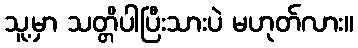
သူ့မှာ သတ္တိပါပြီးသားပဲ မဟုတ်လား။